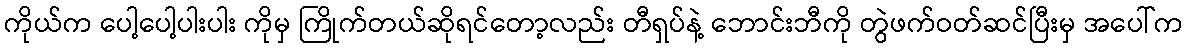
ကိုယ်က ပေါ့ပေါ့ပါးပါး ကိုမှ ကြိုက်တယ်ဆိုရင်တော့လည်း တီရှပ်နဲ့ ဘောင်းဘီကို တွဲဖက်ဝတ်ဆင်ပြီးမှ အပေါ်က